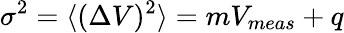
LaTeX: \sigma^{2}=\langle(\Delta V)^{2}\rangle=mV_{meas}+q